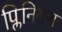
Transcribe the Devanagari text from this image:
प्लिनियस